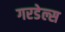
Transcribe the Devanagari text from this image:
गरडेल्स